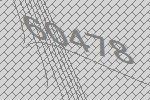
60478